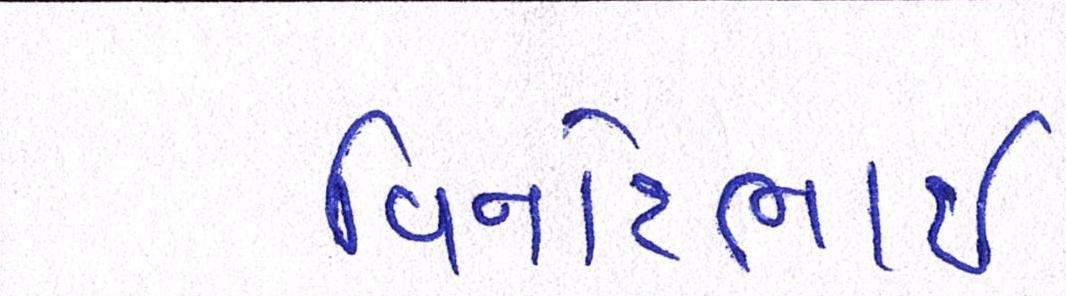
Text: વિનોદભાઈ